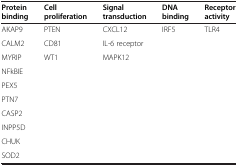
<table><thead><tr><td><b>Protein binding</b></td><td><b>Cell proliferation</b></td><td><b>Signal transduction</b></td><td><b>DNA binding</b></td><td><b>Receptor activity</b></td></tr></thead><tbody><tr><td>AKAP9</td><td>PTEN</td><td>CXCL12</td><td>IRF5</td><td>TLR4</td></tr><tr><td>CALM2</td><td>CD81</td><td>IL-6 receptor</td><td> </td><td> </td></tr><tr><td>MYRIP</td><td>WT1</td><td>MAPK12</td><td> </td><td> </td></tr><tr><td>NFkBIE</td><td> </td><td> </td><td> </td><td> </td></tr><tr><td>PEX5</td><td> </td><td> </td><td> </td><td> </td></tr><tr><td>PTN7</td><td> </td><td> </td><td> </td><td> </td></tr><tr><td>CASP2</td><td> </td><td> </td><td> </td><td> </td></tr><tr><td>INPP5D</td><td> </td><td> </td><td> </td><td> </td></tr><tr><td>CHUK</td><td> </td><td> </td><td> </td><td> </td></tr><tr><td>SOD2</td><td> </td><td> </td><td> </td><td> </td></tr></tbody></table>